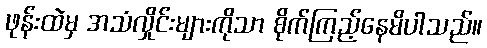
ဖုန်းထဲမှ အသံလှိုင်းများကိုသာ စိုက်ကြည့်နေမိပါသည်။